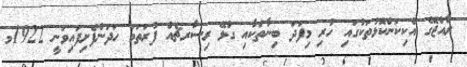
ރާއްޖޭގެ އެކިކަންކޮޅުތަކުގައި ހުރި މިފަދަ ބިނާތަކާއި ގުޅޭ ރިސާރޗެއް ފުރަތަމަ ހަދަންފެށިފައިވަނީ 1922މ